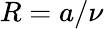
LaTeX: R=a/\nu